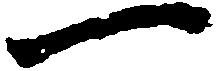
一